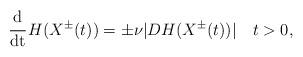
LaTeX: \begin{align*} \mathrm{\cfrac{d}{dt}} \, H(X^\pm (t)) = \pm \nu |DH(X^\pm (t))| \ \ \ t > 0,\end{align*}